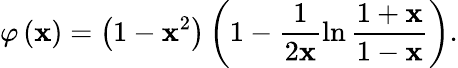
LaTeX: \varphi\left(\mathbf{x}\right)=\left(1-\mathbf{x}^{2}\right)\left(1-\frac{{1}}{{2\mathbf{x}}}\ln\frac{{1+\mathbf{x}}}{{1-\mathbf{x}}}\right).